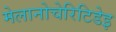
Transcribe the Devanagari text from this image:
मेलानोचेरिटिडेइ